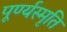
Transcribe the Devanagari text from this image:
पूर्ण्यस्मृति